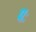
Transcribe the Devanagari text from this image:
पः